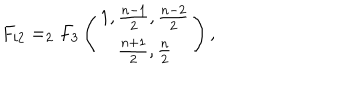
LaTeX: F _ { i 2 } = _ { 2 } F _ { 3 } \left( \begin{matrix} { { 1 , \frac { n - 1 } { 2 } , \frac { n - 2 } { 2 } } } \\ { { \frac { n + 1 } { 2 } , \frac { n } { 2 } } } \\ \end{matrix} \right) ,